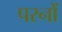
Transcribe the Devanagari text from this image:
परनों